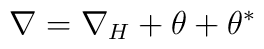
\nabla = \nabla_H + \theta +\theta^*